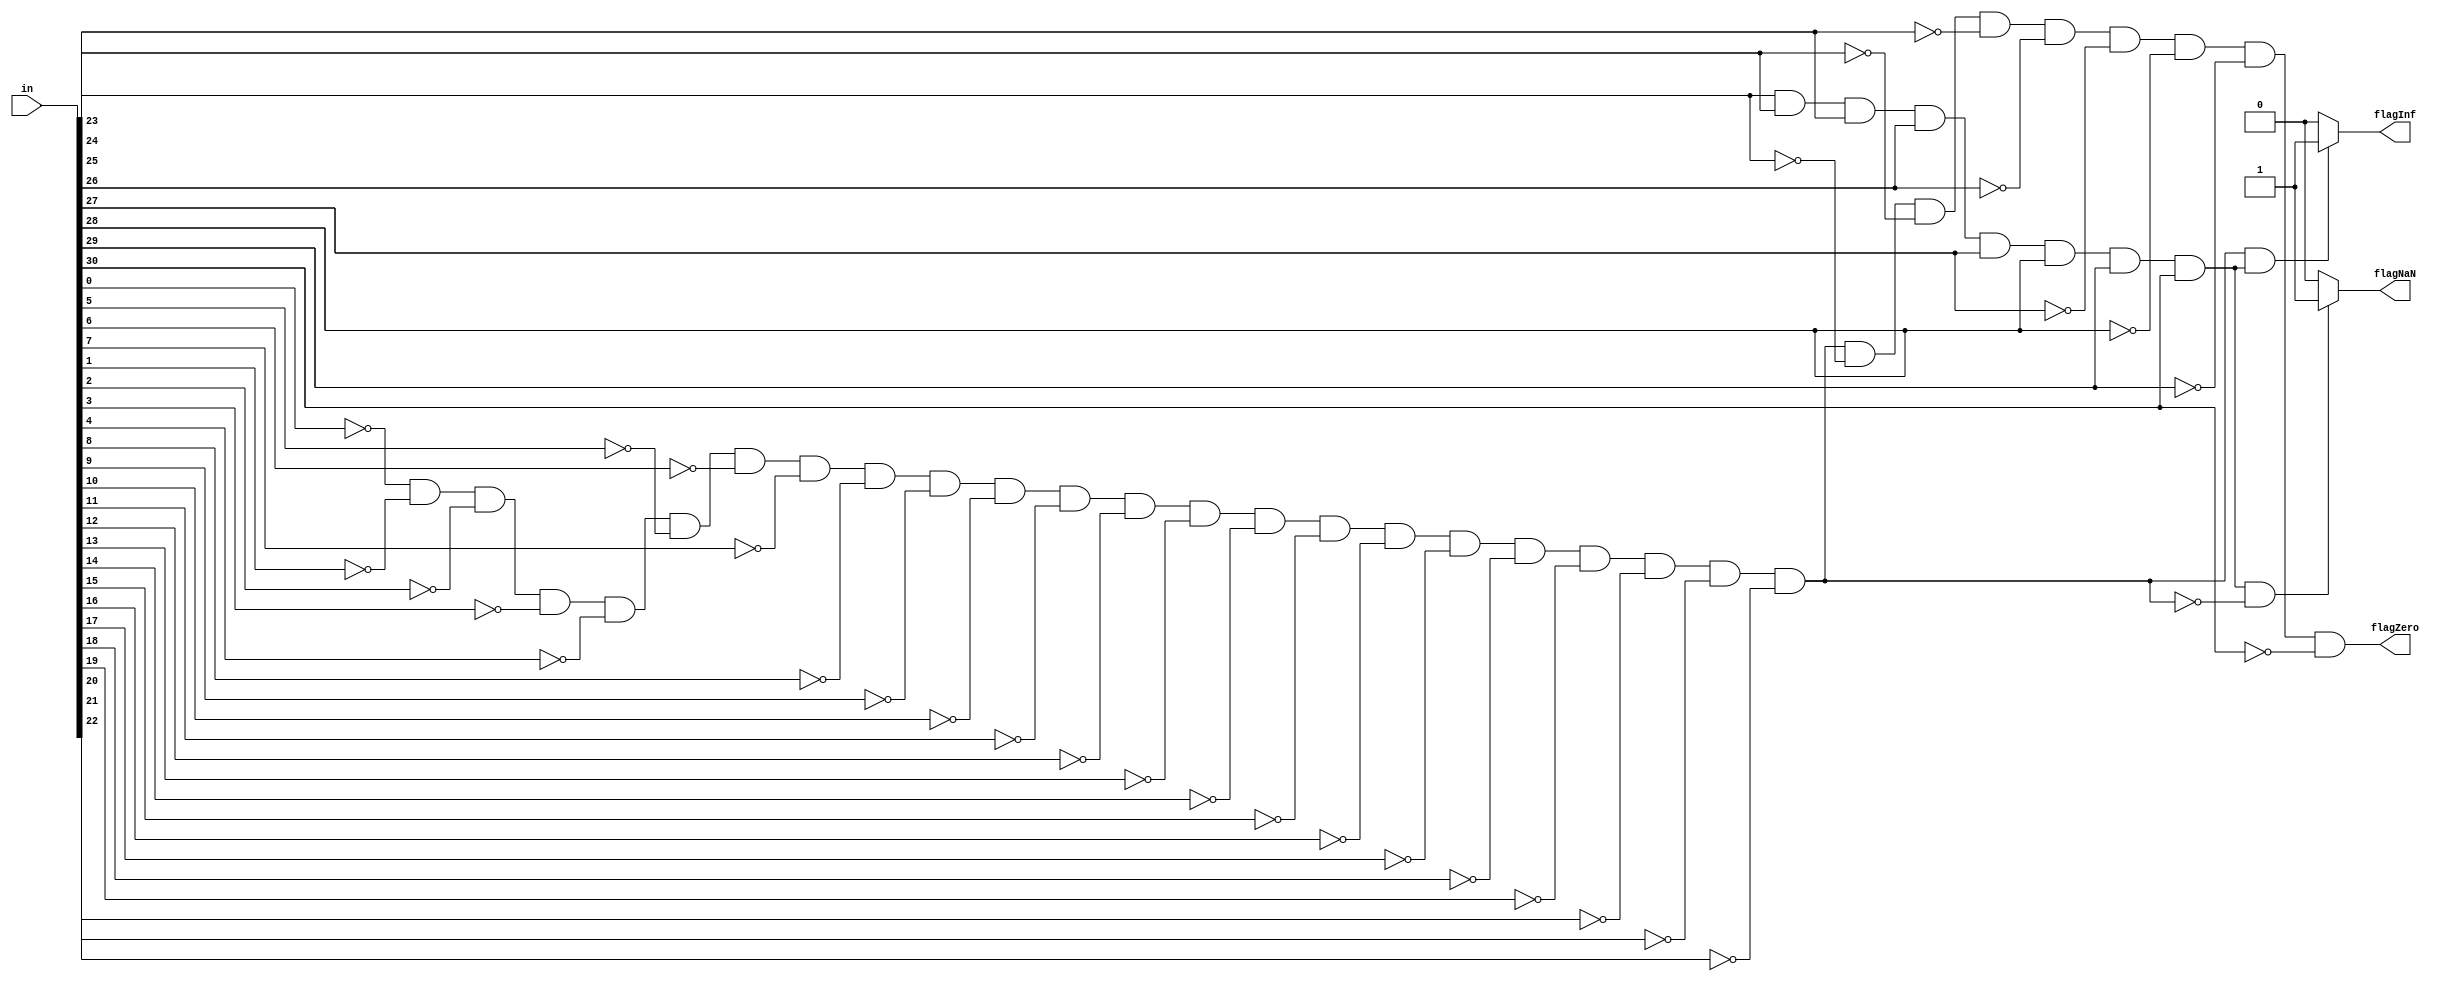
////////////////////////////////////////////////////////////////////////////////
//                                                                            //
// Description  : checkinf,checknan,checkzero                                 //
//                                                                            //
//                                                                            //  
////////////////////////////////////////////////////////////////////////////////

module checkspecial(flagInf,flagNaN,flagZero,in);
output	flagZero,flagInf, flagNaN;
input	[31:0]in;

wire	zeroFrac,oneExp;

assign	flagZero=~in[0]&~in[1]&~in[2]&~in[3]&~in[4]&~in[5]&~in[6]&~in[7]
	       &~in[8]&~in[9]&~in[10]&~in[11]&~in[12]&~in[13]&~in[14]&~in[15]
	       &~in[16]&~in[17]&~in[18]&~in[19]&~in[20]&~in[21]&~in[22]&~in[23]
	       &~in[24]&~in[25]&~in[26]&~in[27]&~in[28]&~in[29]&~in[30];

assign	zeroFrac=~in[0]&~in[1]&~in[2]&~in[3]&~in[4]&~in[5]&~in[6]&~in[7]
	       &~in[8]&~in[9]&~in[10]&~in[11]&~in[12]&~in[13]&~in[14]&~in[15]
	       &~in[16]&~in[17]&~in[18]&~in[19]&~in[20]&~in[21]&~in[22];

assign	oneExp=in[23]&in[24]&in[25]&in[26]&in[27]&in[28]&in[29]&in[30];
// Not a numbers
assign	flagNaN=(oneExp==1&&zeroFrac==0)?1:0;
//inf
assign	flagInf=(zeroFrac&oneExp)?1:0;

endmodule